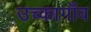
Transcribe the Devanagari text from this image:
उच्कागाँव